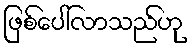
ဖြစ်ပေါ်လာသည်ဟု